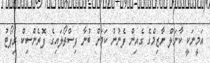
އަމީނަކީ ކާނަލް ނާޒިމްގެ ގެއިން ފެނުނު ކަމަށް ބުނާ ފިސްތޯލައިގެ ފޮރެންސިކް ރިޕޯޓު